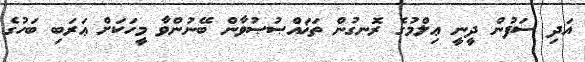
އަދި ސަފުން ދީނީ ޢިލްމުގެ ރޮނގުން ތަޚައްޞުޞުވާން ބޭނުންވާ މީހަކަށް ޢަރަބި ބަހުގެ